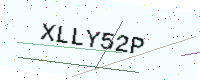
Text: XLLY52P